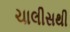
ચાલીસથી